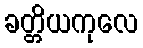
ခတ္တိယကုလေ